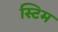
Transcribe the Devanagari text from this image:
स्टिम